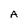
Character: A